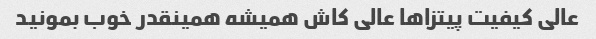
عالی کیفیت پیتزاها عالی کاش همیشه همینقدر خوب بمونید